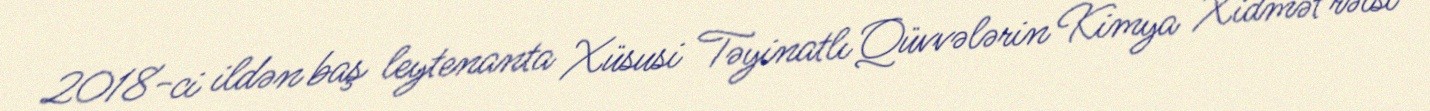
2018-ci ildən baş leytenanta Xüsusi Təyinatlı Qüvvələrin Kimya Xidmət rəisi